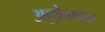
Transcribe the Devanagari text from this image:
अल्लोग्रफ्त